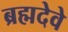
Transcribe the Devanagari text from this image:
ब्रह्मदेवे